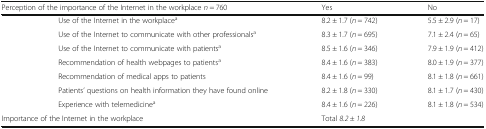
| <COLSPAN=2> Perception of the importance of the Internet in the workplace n = 760 | Yes | No |
 | --- | --- | --- | --- |
 | <ROWSPAN=7>  | Use of the Internet in the workplacea | 8.2 ± 1.7 (n = 742) | 5.5 ± 2.9 (n = 17) |
 | Use of the Internet to communicate with other professionalsa | 8.3 ± 1.7 (n = 695) | 7.1 ± 2.4 (n = 65) |
 | Use of the Internet to communicate with patientsa | 8.5 ± 1.6 (n = 346) | 7.9 ± 1.9 (n = 412) |
 | Recommendation of health webpages to patientsa | 8.4 ± 1.6 (n = 383) | 8.0 ± 1.9 (n = 377) |
 | Recommendation of medical apps to patients | 8.4 ± 1.6 (n = 99) | 8.1 ± 1.8 (n = 661) |
 | Patients’ questions on health information they have found online | 8.2 ± 1.8 (n = 330) | 8.1 ± 1.7 (n = 430) |
 | Experience with telemedicinea | 8.4 ± 1.6 (n = 226) | 8.1 ± 1.8 (n = 534) |
 | <COLSPAN=2> Importance of the Internet in the workplace | <COLSPAN=2> Total 8.2 ± 1.8 |